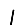
Digit: 1